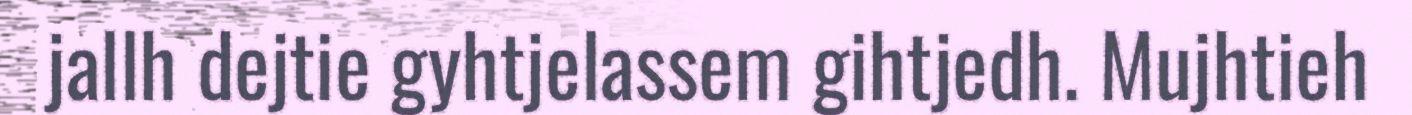
jallh dejtie gyhtjelassem gihtjedh. Mujhtieh